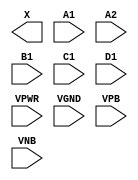
/**
 * Copyright 2020 The SkyWater PDK Authors
 *
 * Licensed under the Apache License, Version 2.0 (the "License");
 * you may not use this file except in compliance with the License.
 * You may obtain a copy of the License at
 *
 *     https://www.apache.org/licenses/LICENSE-2.0
 *
 * Unless required by applicable law or agreed to in writing, software
 * distributed under the License is distributed on an "AS IS" BASIS,
 * WITHOUT WARRANTIES OR CONDITIONS OF ANY KIND, either express or implied.
 * See the License for the specific language governing permissions and
 * limitations under the License.
 *
 * SPDX-License-Identifier: Apache-2.0
 */

`ifndef SKY130_FD_SC_LS__O2111A_PP_BLACKBOX_V
`define SKY130_FD_SC_LS__O2111A_PP_BLACKBOX_V

/**
 * o2111a: 2-input OR into first input of 4-input AND.
 *
 *         X = ((A1 | A2) & B1 & C1 & D1)
 *
 * Verilog stub definition (black box with power pins).
 *
 * WARNING: This file is autogenerated, do not modify directly!
 */

`timescale 1ns / 1ps
`default_nettype none

(* blackbox *)
module sky130_fd_sc_ls__o2111a (
    X   ,
    A1  ,
    A2  ,
    B1  ,
    C1  ,
    D1  ,
    VPWR,
    VGND,
    VPB ,
    VNB
);

    output X   ;
    input  A1  ;
    input  A2  ;
    input  B1  ;
    input  C1  ;
    input  D1  ;
    input  VPWR;
    input  VGND;
    input  VPB ;
    input  VNB ;
endmodule

`default_nettype wire
`endif  // SKY130_FD_SC_LS__O2111A_PP_BLACKBOX_V